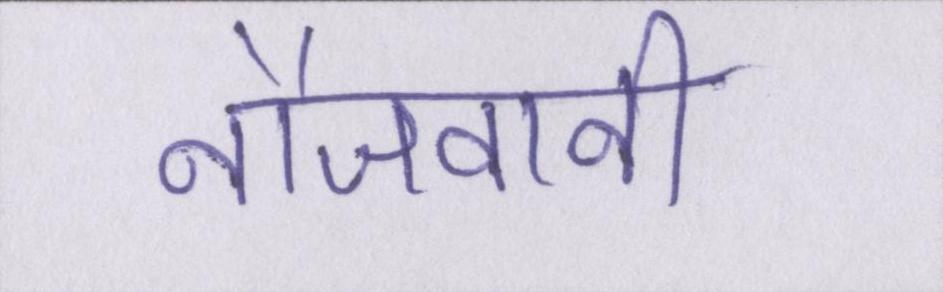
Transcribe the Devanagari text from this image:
नौजवानी